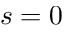
s = 0